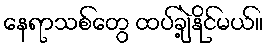
နေရာသစ်တွေ ထပ်ချဲ့နိုင်မယ်။